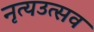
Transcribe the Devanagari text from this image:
नृत्यउत्सव